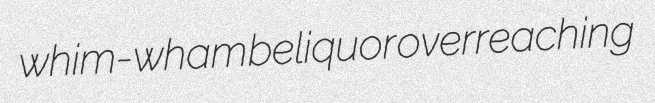
whim-wham beliquor overreaching